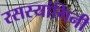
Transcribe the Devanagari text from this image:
रसस्यांगिनी